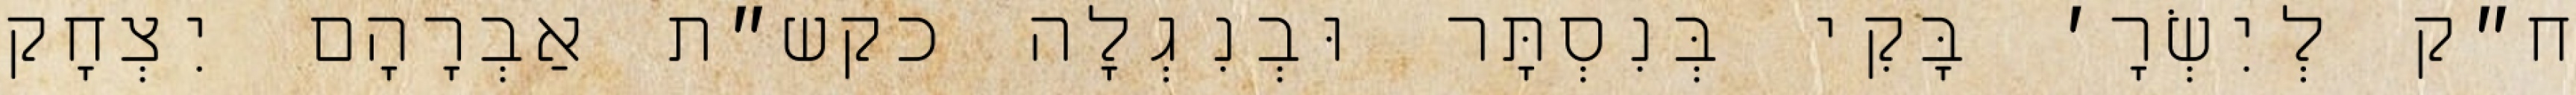
ח״ק לְיִשְׂרָ׳ בָּקִי בְּנִסְתָּר וּבְנִגְלָה כקש״ת אַבְרָהָם יִצְחָק